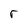
Character: r